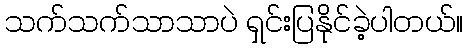
သက်သက်သာသာပဲ ရှင်းပြနိုင်ခဲ့ပါတယ်။